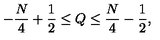
- \frac { N } { 4 } + \frac { 1 } { 2 } \leq Q \leq \frac { N } { 4 } - \frac { 1 } { 2 } ,